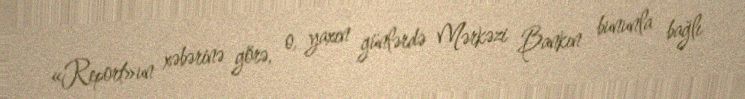
«Report»un xəbərinə görə, o, yaxın günlərdə Mərkəzi Bankın bununla bağlı